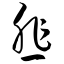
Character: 韭